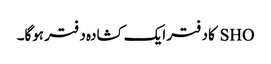
SHO کا دفتر ایک کشادہ دفتر ہوگا۔